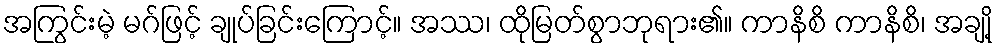
အကြွင်းမဲ့ မဂ်ဖြင့် ချုပ်ခြင်းကြောင့်။ အဿ၊ ထိုမြတ်စွာဘုရား၏။ ကာနိစိ ကာနိစိ၊ အချို့